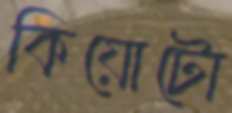
কিয়োটো